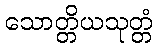
သောတ္တိယသုတ္တံ